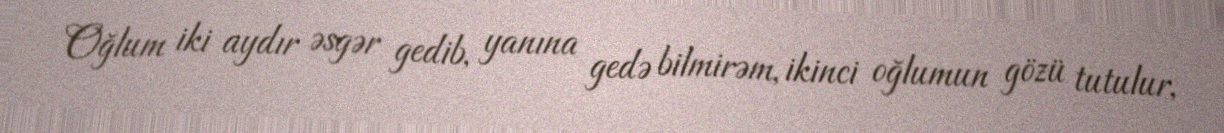
Oğlum iki aydır əsgər gedib, yanına gedə bilmirəm, ikinci oğlumun gözü tutulur,